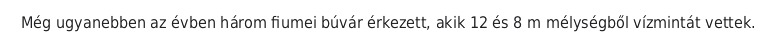
Még ugyanebben az évben három fiumei búvár érkezett, akik 12 és 8 m mélységből vízmintát vettek.